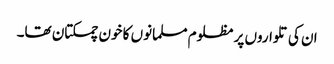
ان کی تلواروں پر مظلوم مسلمانوں کا خون چمکتان تھا۔